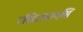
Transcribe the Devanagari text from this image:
रक्षितवानसि